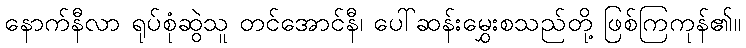
နောက်နီလာ ရုပ်စုံဆွဲသူ တင်အောင်နီ၊ ပေါ်ဆန်းမွှေးစသည်တို့ ဖြစ်ကြကုန်၏။